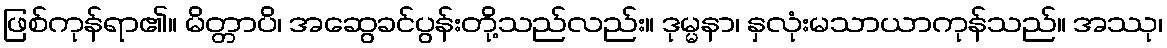
ဖြစ်ကုန်ရာ၏။ မိတ္တာပိ၊ အဆွေခင်ပွန်းတို့သည်လည်း။ ဒုမ္မနာ၊ နှလုံးမသာယာကုန်သည်။ အဿု၊